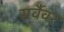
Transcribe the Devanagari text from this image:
सर्वैवर